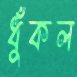
ধুঁকল